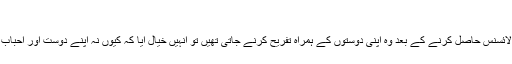
‘
جوہرہ حمدی کا کہنا تھا کہ ڈرائیونگ لائسنس حاصل کرنے کے بعد وہ اپنی دوستوں کے ہمراہ تفریح کرنے جاتی تھیں تو انہیں خیال آیا کہ کیوں نہ اپنے دوست اور احباب کو ٹرانسپورٹ کی سہولت فراہم کروں۔